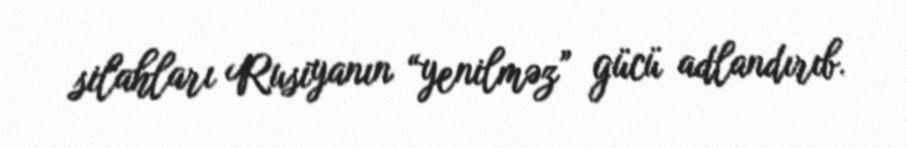
silahları Rusiyanın “yenilməz” gücü adlandırıb.